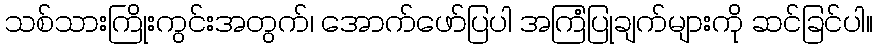
သစ်သားကြိုးကွင်းအတွက်၊ အောက်ဖော်ပြပါ အကြံပြုချက်များကို ဆင်ခြင်ပါ။